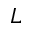
L